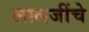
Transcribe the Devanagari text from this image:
लालजींचे